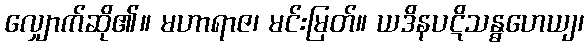
လျှောက်ဆို၏။ မဟာရာဇ၊ မင်းမြတ်။ ယဒိနပဋိသန္ဓဟေယျ၊